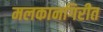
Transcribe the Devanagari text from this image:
मलकानगिरीत